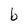
Character: b